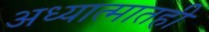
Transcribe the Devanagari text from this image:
अध्यात्मातही